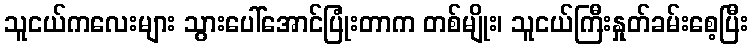
သူငယ်ကလေးများ သွားပေါ်အောင်ပြုံးတာက တစ်မျိုး၊ သူငယ်ကြီးနှုတ်ခမ်းစေ့ပြီး